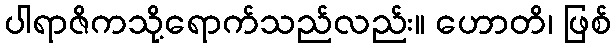
ပါရာဇိကသို့ရောက်သည်လည်း။ ဟောတိ၊ ဖြစ်